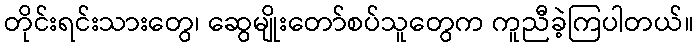
တိုင်းရင်းသားတွေ၊ ဆွေမျိုးတော်စပ်သူတွေက ကူညီခဲ့ကြပါတယ်။